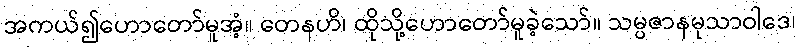
အကယ်၍ဟောတော်မူအံ့။ တေနဟိ၊ ထိုသို့ဟောတော်မူခဲ့သော်။ သမ္ပဇာနမုသာဝါဒေ၊